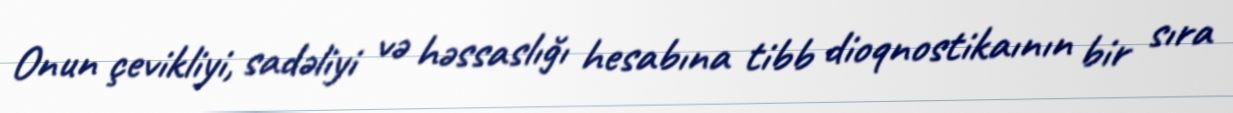
Onun çevikliyi, sadəliyi və həssaslığı hesabına tibb dioqnostikaının bir sıra